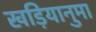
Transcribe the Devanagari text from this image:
खड़ियानुमा